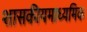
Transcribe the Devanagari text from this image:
शासकीयमाध्यमिक